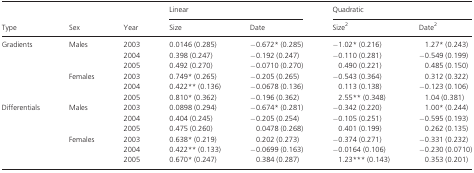
<table><thead><tr><td></td><td></td><td></td><td colspan="2"><b>Linear</b></td><td colspan="2"><b>Quadratic</b></td></tr><tr><td><b>Type</b></td><td><b>Sex</b></td><td><b>Year</b></td><td><b>Size</b></td><td><b>Date</b></td><td><b>Size<sup>2</sup></b></td><td><b>Date<sup>2</sup></b></td></tr></thead><tbody><tr><td rowspan="6">Gradients</td><td rowspan="3">Males</td><td>2003</td><td>0.0146 (0.285)</td><td>−0.672* (0.285)</td><td>−1.02* (0.216)</td><td>1.27* (0.243)</td></tr><tr><td>2004</td><td>0.398 (0.247)</td><td>−0.192 (0.247)</td><td>−0.110 (0.281)</td><td>−0.549 (0.199)</td></tr><tr><td>2005</td><td>0.492 (0.270)</td><td>−0.0710 (0.270)</td><td>0.490 (0.221)</td><td>0.485 (0.150)</td></tr><tr><td rowspan="3">Females</td><td>2003</td><td>0.749* (0.265)</td><td>−0.205 (0.265)</td><td>−0.543 (0.364)</td><td>0.312 (0.322)</td></tr><tr><td>2004</td><td>0.4224 (0.136)</td><td>−0.0678 (0.136)</td><td>0.113 (0.138)</td><td>−0.123 (0.106)</td></tr><tr><td>2005</td><td>0.810* (0.362)</td><td>−0.196 (0.362)</td><td>2.55** (0.348)</td><td>1.04 (0.381)</td></tr><tr><td rowspan="6">Differentials</td><td rowspan="3">Males</td><td>2003</td><td>0.0898 (0.294)</td><td>−0.674* (0.281)</td><td>−0.342 (0.220)</td><td>1.00* (0.244)</td></tr><tr><td>2004</td><td>0.404 (0.245)</td><td>−0.205 (0.254)</td><td>−0.105 (0.251)</td><td>−0.595 (0.193)</td></tr><tr><td>2005</td><td>0.475 (0.260)</td><td>0.0478 (0.268)</td><td>0.401 (0.199)</td><td>0.262 (0.135)</td></tr><tr><td rowspan="3">Females</td><td>2003</td><td>0.638* (0.219)</td><td>0.202 (0.273)</td><td>−0.374 (0.271)</td><td>−0.331 (0.232)</td></tr><tr><td>2004</td><td>0.422** (0.133)</td><td>−0.0699 (0.163)</td><td>−0.0164 (0.106)</td><td>−0.230 (0.0710)</td></tr><tr><td>2005</td><td>0.670* (0.247)</td><td>0.384 (0.287)</td><td>1.23*** (0.143)</td><td>0.353 (0.201)</td></tr></tbody></table>